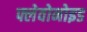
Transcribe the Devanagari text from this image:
फ्लेवोनोइड